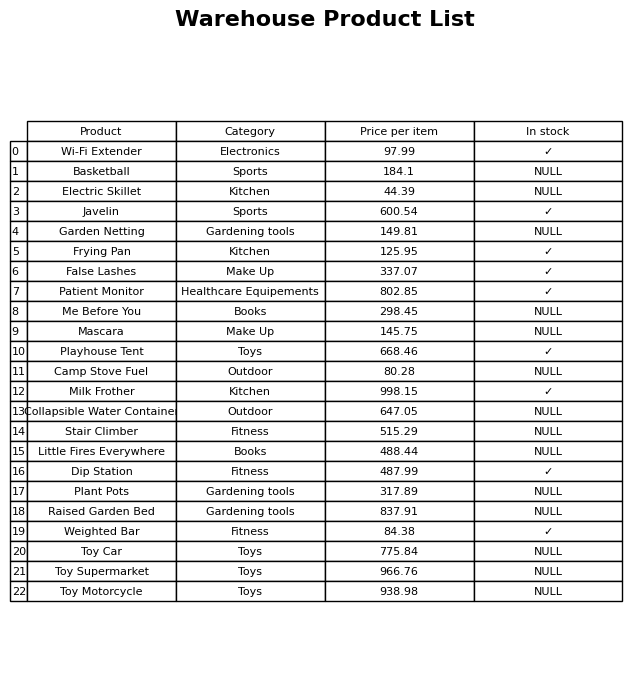
question: Which products are currently out of stock?
answer: Basketball, Electric Skillet, Garden Netting, Me Before You, Mascara, Camp Stove Fuel, Collapsible Water Container, Stair Climber, Little Fires Everywhere, Plant Pots, Raised Garden Bed, Toy Car, Toy Supermarket, Toy Motorcycle